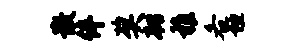
散伴奖韧稚各垣